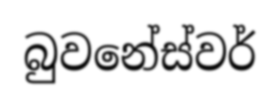
බුවනේස්වර්